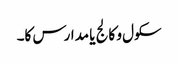
سکول و کالج یا مدارس کا۔